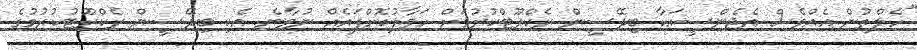
"ހެލްތުން އެއްވެސް އެޖެންސީއަކާ ބިދޭސީން ރެކްރޫޓްކުރުމަށް ހަވާލުކޮށްފައެއް ނުވާނެ. އެކި ބިދޭސީން ރެކްރޫޓުކުރުމުގެ